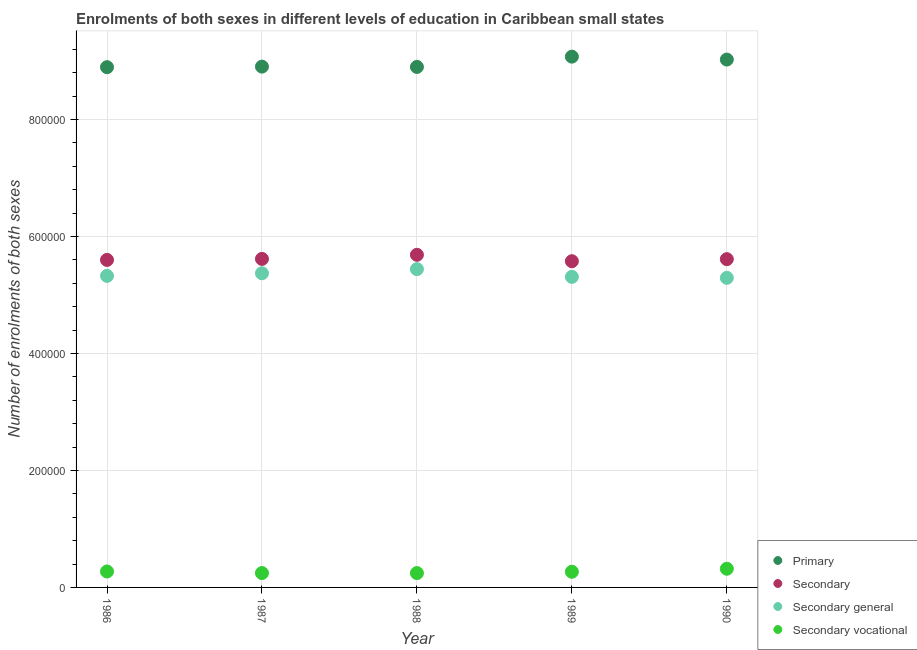
| Year | Primary | Secondary | Secondary general | Secondary vocational |
 | --- | --- | --- | --- | --- |
 | 1986 | 8.89e+05 | 5.6e+05 | 5.33e+05 | 2.73e+04 |
 | 1987 | 8.9e+05 | 5.62e+05 | 5.37e+05 | 2.46e+04 |
 | 1988 | 8.9e+05 | 5.69e+05 | 5.44e+05 | 2.45e+04 |
 | 1989 | 9.07e+05 | 5.58e+05 | 5.31e+05 | 2.68e+04 |
 | 1990 | 9.02e+05 | 5.61e+05 | 5.29e+05 | 3.2e+04 |